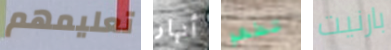
تعليمهم أنهار تطهو بارنيت